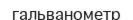
гальванометр